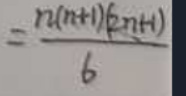
\[
= \frac{n(n + 1)(2n + 1)}{6}
\]